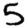
Digit: 5